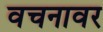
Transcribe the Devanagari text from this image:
वचनावर